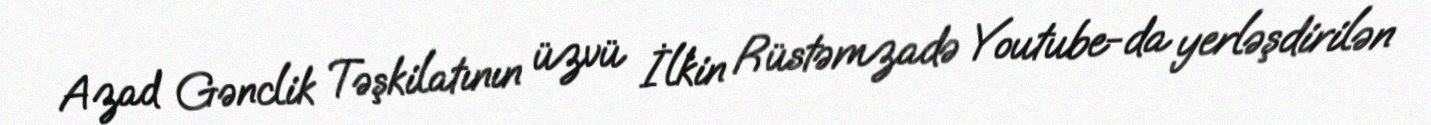
Azad Gənclik Təşkilatının üzvü İlkin Rüstəmzadə Youtube-da yerləşdirilən